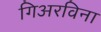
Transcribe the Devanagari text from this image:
गिअरविना